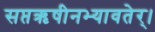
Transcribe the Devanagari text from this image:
सप्तऋषीनभ्यावतेर्।